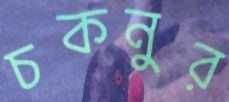
চকনুর